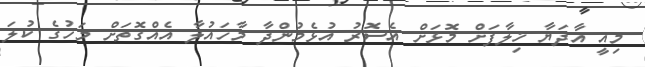
މިއީ އާދަޔާ ޚިލާފަށް މޮޅަށް އެސޮރު އުޅެމުންދާ މާހައުލާ އެއްގޮތަށް މަހުގެ ކުލަ